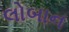
લોબાન